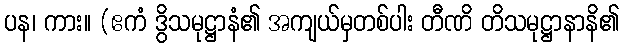
ပန၊ ကား။ (ဧကံ ဒွိသမုဋ္ဌာနံ၏ အကျယ်မှတစ်ပါး တီဏိ တိသမုဋ္ဌာနာနိ၏